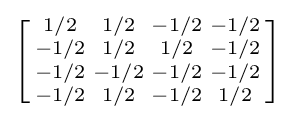
\left[{\begin{smallmatrix}1/2&1/2&-1/2&-1/2\\-1/2&1/2&1/2&-1/2\\-1/2&-1/2&-1/2&-1/2\\-1/2&1/2&-1/2&1/2\\\end{smallmatrix}}\right]